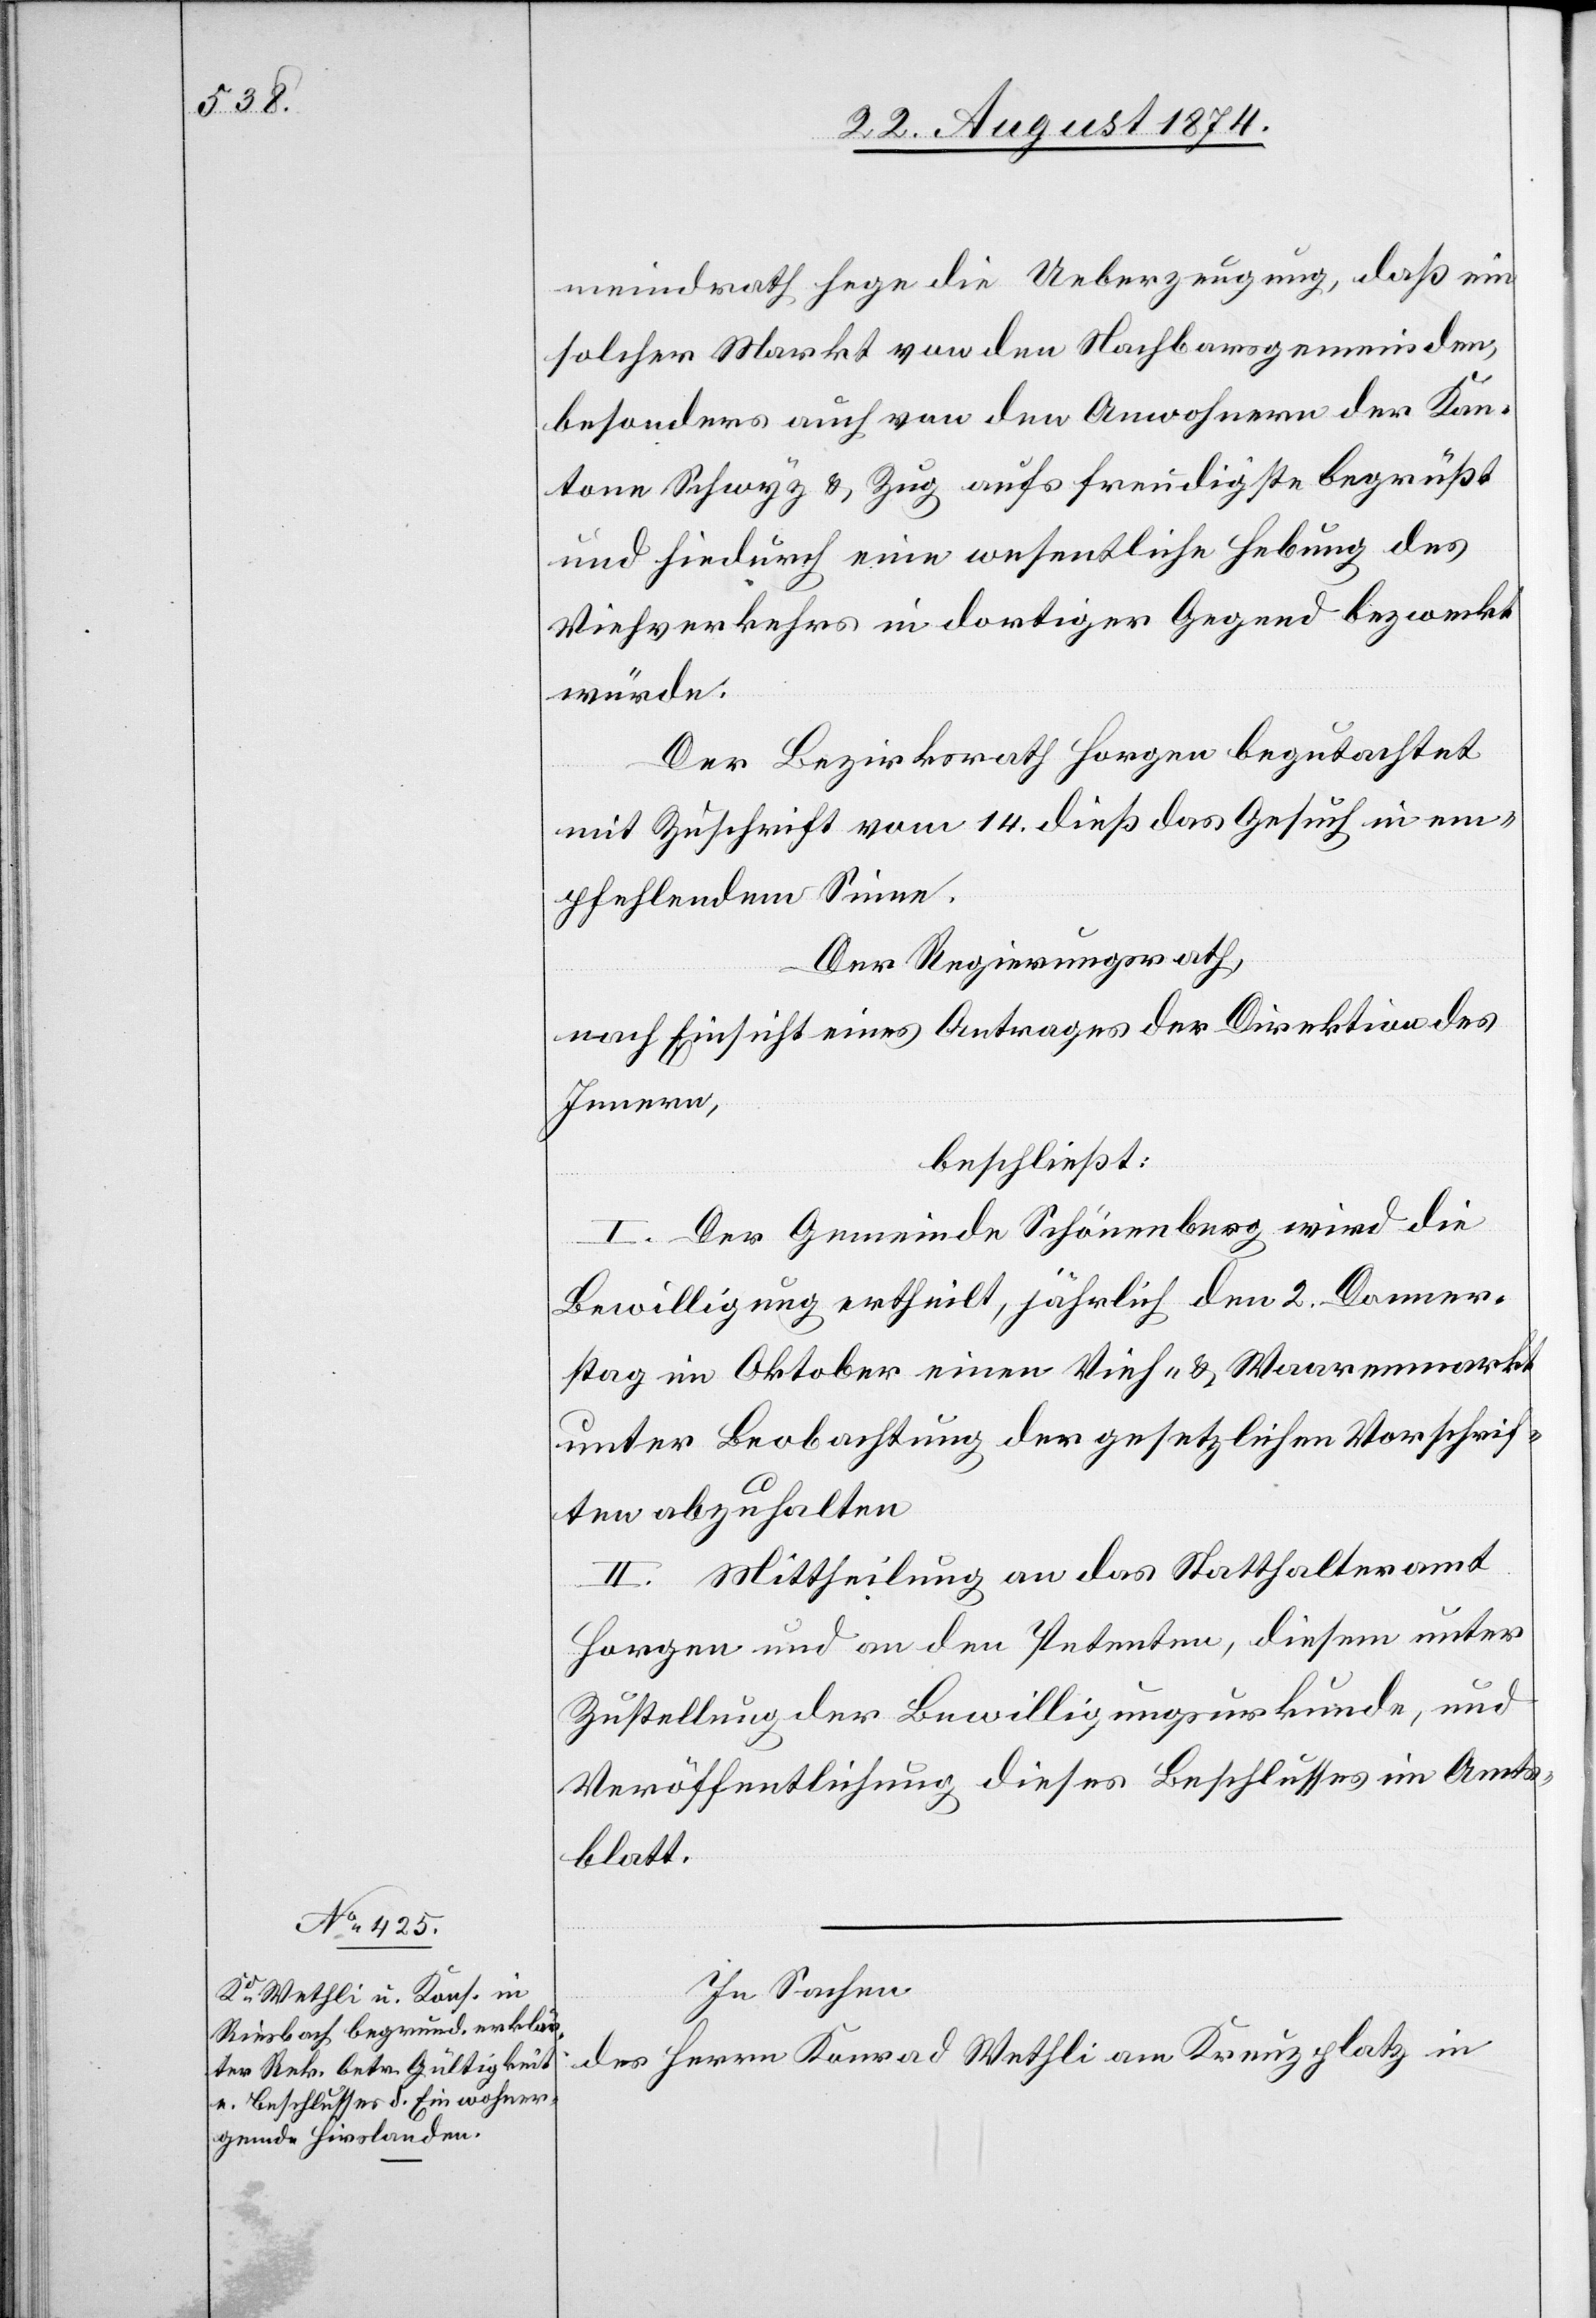
meindrath hege die Ueberzeugung, daß ein
solcher Markt von den Nachbarsgemeinden,
besonders auch von den Anwohnern der Kan¬
tone Schwyz u. Zug aufs freudigste begrüßt
und hiedurch eine wesentliche Hebung des
Viehverkehrs in dortiger Gegend bezweckt
würde.
Der Bezirksrath Horgen begutachtet
mit Zuschrift vom 14. dieß das Gesuch in em¬
pfehlendem Sinne.
Der Regierungsrath,
nach Einsicht eines Antrages der Direktion des
Innern,
beschließt:
I. Der Gemeinde Schönenberg wird die
Bewilligung ertheilt, jährlich den 2. Donner¬
stag im Oktober einen Vieh- u. Waarenmarkt
unter Beobachtung der gesetzlichen Vorschrif¬
ten abzuhalten.
II. Mittheilung an das Statthalteramt
Horgen und an den Petenten, diesem unter
Zustellung der Bewilligungsurkunde, und
Veröffentlichung dieses Beschlusses im Amts¬
blatt.
In Sachen
des Herrn Konrad Wethli am Kreuzplatz in